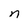
Character: n